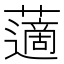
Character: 藡